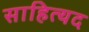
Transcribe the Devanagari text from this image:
साहित्यद